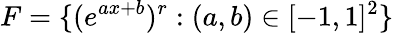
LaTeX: F=\{ (e^{ax+b})^{r}:(a,b)\in[-1,1]^{2}\}